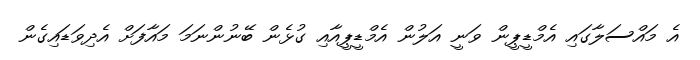
އެ މައްސަލާގައި އެމްޑީޕީން ވަނީ އަލުން އެމްޑީޕީއާއި ގުޅެން ބޭނުންނަމަ މައާފަށް އެދިވަޑައިގެން